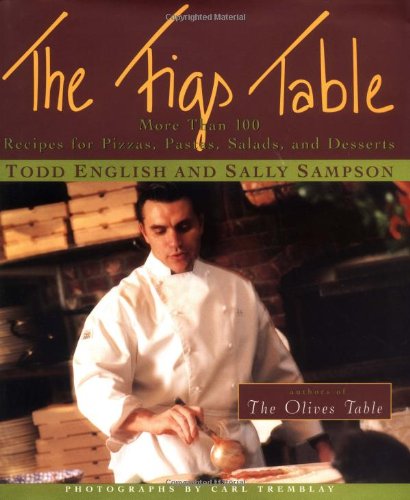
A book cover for The Figs Table; Todd English; Cookbooks, Food & Wine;